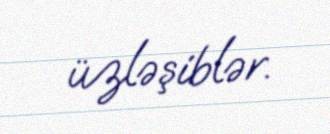
üzləşiblər.